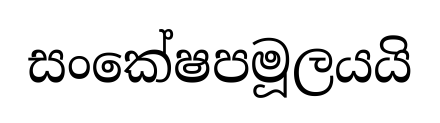
සංකේෂපමූලයයි